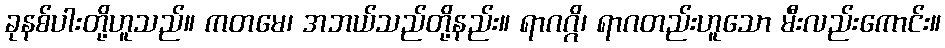
ခုနစ်ပါးတို့ဟူသည်။ ကတမေ၊ အဘယ်သည်တို့နည်း။ ရာဂဂ္ဂိ၊ ရာဂတည်းဟူသော မီးလည်းကောင်း။